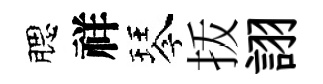
腮祥琴㧞詡